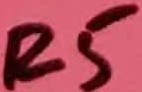
Text: R5